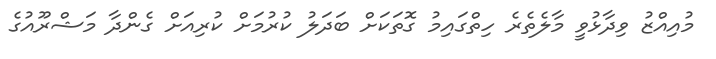
މުއިއްޒު ވިދާޅުވީ މާލެތެރެ ހިތްގައިމު ގޮތަކަށް ބަދަލު ކުރުމަށް ކުރިއަށް ގެންދާ މަޝްރޫއުގެ